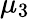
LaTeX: \mu_{3}